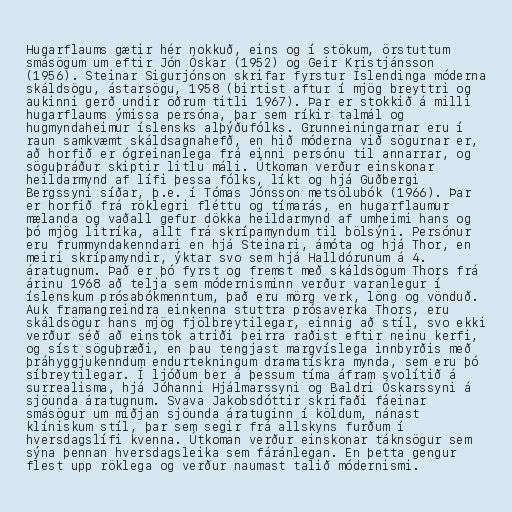
Hugarflaums gætir hér nokkuð, eins og í stökum, örstuttum
smásögum um eftir Jón Óskar (1952) og Geir Kristjánsson
(1956). Steinar Sigurjónson skrifar fyrstur Íslendinga móderna
skáldsögu, ástarsögu, 1958 (birtist aftur í mjög breyttri og
aukinni gerð undir öðrum titli 1967). Þar er stokkið á milli
hugarflaums ýmissa persóna, þar sem ríkir talmál og
hugmyndaheimur íslensks alþýðufólks. Grunneiningarnar eru í
raun samkvæmt skáldsagnahefð, en hið móderna við sögurnar er,
að horfið er ógreinanlega frá einni persónu til annarrar, og
söguþráður skiptir litlu máli. Útkoman verður einskonar
heildarmynd af lífi þessa fólks, líkt og hjá Guðbergi
Bergssyni síðar, þ.e. í Tómas Jónsson metsölubók (1966). Þar
er horfið frá röklegri fléttu og tímarás, en hugarflaumur
mælanda og vaðall gefur dökka heildarmynd af umheimi hans og
þó mjög litríka, allt frá skrípamyndum til bölsýni. Persónur
eru frummyndakenndari en hjá Steinari, ámóta og hjá Thor, en
meiri skrípamyndir, ýktar svo sem hjá Halldórunum á 4.
áratugnum. Það er þó fyrst og fremst með skáldsögum Thors frá
árinu 1968 að telja sem módernisminn verður varanlegur í
íslenskum prósabókmenntum, það eru mörg verk, löng og vönduð.
Auk framangreindra einkenna stuttra prósaverka Thors, eru
skáldsögur hans mjög fjölbreytilegar, einnig að stíl, svo ekki
verður séð að einstök atriði þeirra raðist eftir neinu kerfi,
og síst söguþræði, en þau tengjast margvíslega innbyrðis með
þráhyggjukenndum endurtekningum dramatískra mynda, sem eru þó
síbreytilegar. Í ljóðum ber á þessum tíma áfram svolítið á
surrealisma, hjá Jóhanni Hjálmarssyni og Baldri Óskarssyni á
sjöunda áratugnum. Svava Jakobsdóttir skrifaði fáeinar
smásögur um miðjan sjöunda áratuginn í köldum, nánast
klíniskum stíl, þar sem segir frá allskyns furðum í
hversdagslífi kvenna. Útkoman verður einskonar táknsögur sem
sýna þennan hversdagsleika sem fáránlegan. En þetta gengur
flest upp röklega og verður naumast talið módernismi.